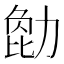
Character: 𠢒